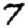
Digit: 7